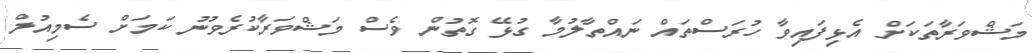
މަޝްވަރާތަކަށް އެޅިފައިވާ ހުރަސްތައް ނައްތާލުމާ ގުޅޭ ގޮތުން ވެސް މަޝްވަރާކުރެވުނު ކަމަށް ސެމިއުލް